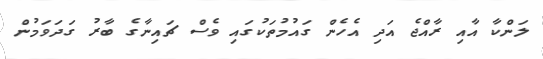
ލަންކާ އާއި ރާއްޖެ އަދި އެހެން ގައުމުތަކުގައި ވެސް ޗައިނާގެ ބާރު ގަދަވަމުން